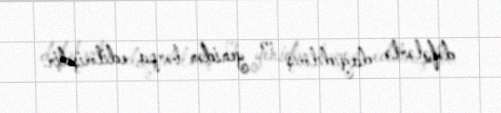
dəfələrlə dağıdılmış və yenidən bərpa edilmişdir.